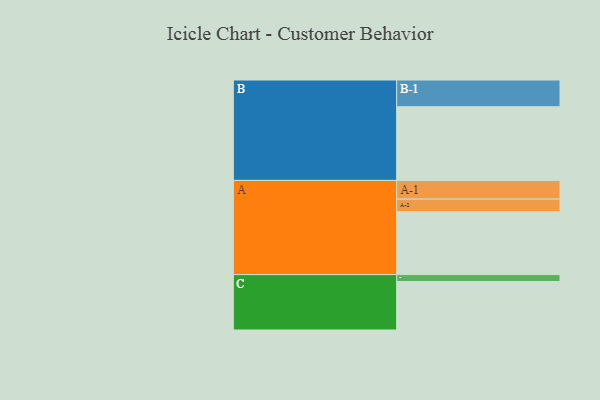
{"axis": {"x": "Segment", "y": "Value"}, "legend": ["", "A", "B", "C"], "data": [{"x": "A", "y": 454, "type": ""}, {"x": "B", "y": 532, "type": ""}, {"x": "C", "y": 350, "type": ""}, {"x": "A-1", "y": 135, "type": "A"}, {"x": "A-2", "y": 91, "type": "A"}, {"x": "B-1", "y": 193, "type": "B"}, {"x": "C-1", "y": 50, "type": "C"}]}